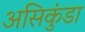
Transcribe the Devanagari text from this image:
असिकुंडा